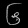
Digit: ၆